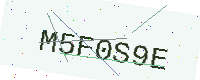
Text: M5F0S9E